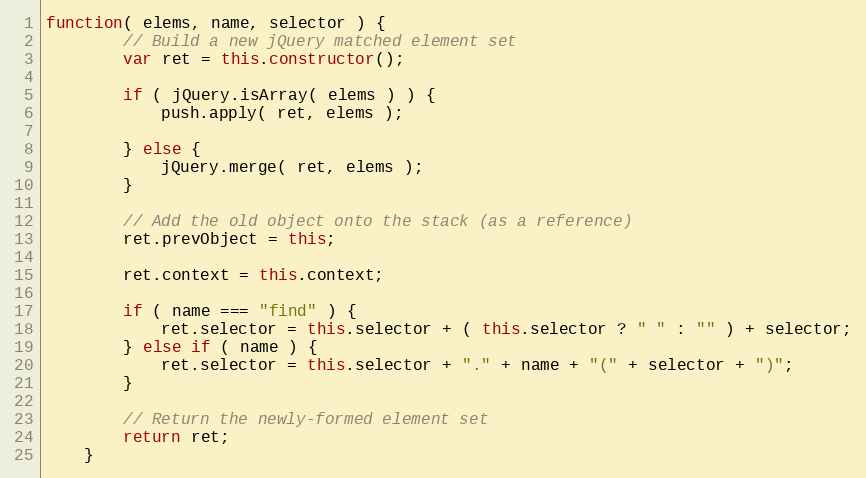
Language: JavaScript
function( elems, name, selector ) {
		// Build a new jQuery matched element set
		var ret = this.constructor();

		if ( jQuery.isArray( elems ) ) {
			push.apply( ret, elems );

		} else {
			jQuery.merge( ret, elems );
		}

		// Add the old object onto the stack (as a reference)
		ret.prevObject = this;

		ret.context = this.context;

		if ( name === "find" ) {
			ret.selector = this.selector + ( this.selector ? " " : "" ) + selector;
		} else if ( name ) {
			ret.selector = this.selector + "." + name + "(" + selector + ")";
		}

		// Return the newly-formed element set
		return ret;
	}